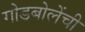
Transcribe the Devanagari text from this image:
गोडबोलेंची